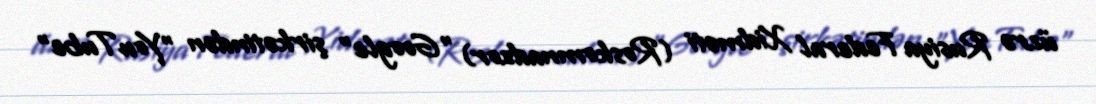
üzrə Rusiya Federal Xidməti (Roskomnadzor) "Google" şirkətindən "YouTube"